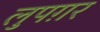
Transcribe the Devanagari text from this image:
लुपग़र